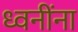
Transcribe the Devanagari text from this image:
ध्वनींना